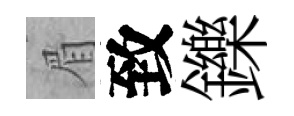
眉致鑠